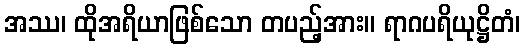
အဿ၊ ထိုအရိယာဖြစ်သော တပည့်အား။ ရာဂပရိယုဋ္ဌိတံ၊